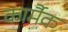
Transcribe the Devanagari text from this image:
कार्मैक